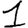
Digit: 1